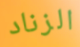
الزناد